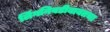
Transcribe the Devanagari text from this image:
लिंगनिवडीबाबतचा